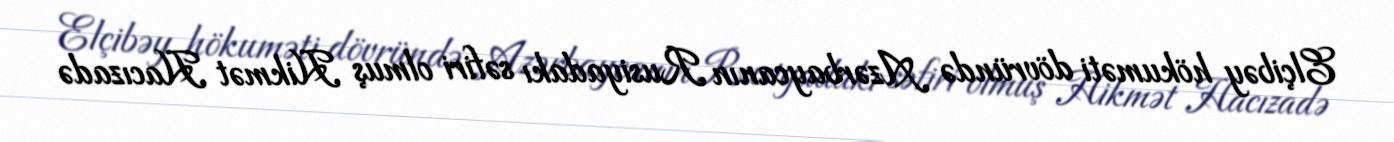
Elçibəy hökuməti dövründə Azərbaycanın Rusiyadakı səfiri olmuş Hikmət Hacızadə